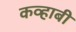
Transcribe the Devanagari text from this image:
कव्हाबी